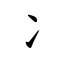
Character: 冫